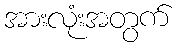
အားလုံးအတွက်